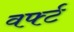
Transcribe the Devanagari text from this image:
वर्फ्ट